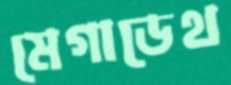
মেগাডেথ